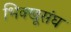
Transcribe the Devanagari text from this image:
भिक्खूसंघ